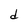
Character: d